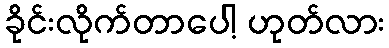
ခိုင်းလိုက်တာပေါ့ ဟုတ်လား